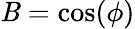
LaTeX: \mathit{B}=\cos(\phi)